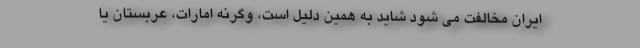
ایران مخالفت می شود شاید به همین دلیل است، وگرنه امارات، عربستان یا